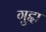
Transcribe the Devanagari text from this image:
गुद्दा